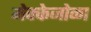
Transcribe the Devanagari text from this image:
मेक्केजोळा